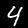
Label: 4